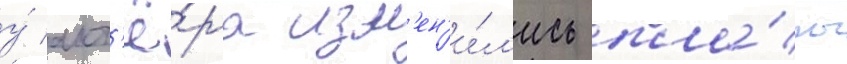
у́ акт'ё́ра изм'ен'и́л'ись пла́ны